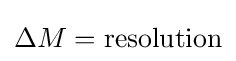
\Delta M=\mathrm {resolution}